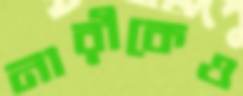
নারীকেও